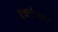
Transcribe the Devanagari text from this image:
एकटेपण